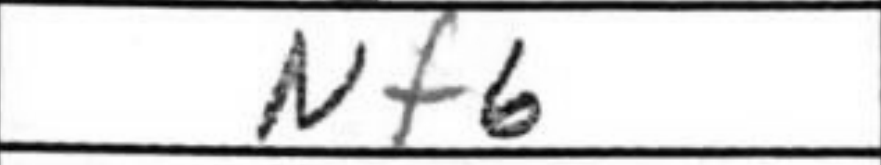
Transcription: Nf6